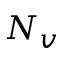
N _ { v }